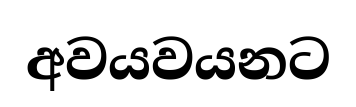
අවයවයනට